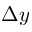
\Delta y